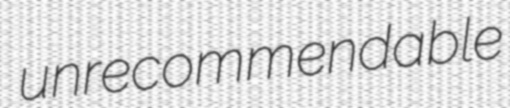
unrecommendable